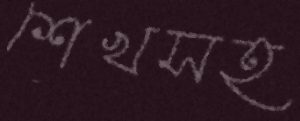
শেখসহ